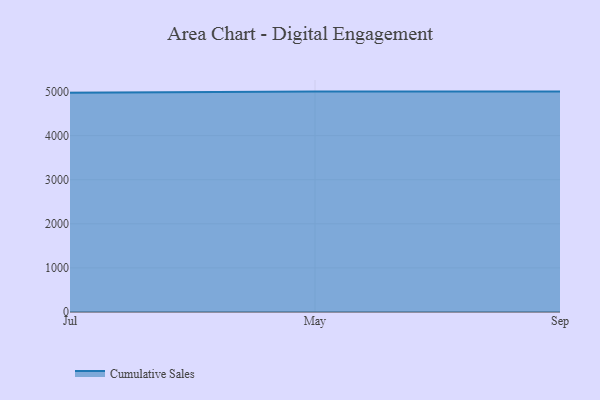
{"axis": {"x": "Month", "y": "Satisfaction Score"}, "legend": ["Cumulative Sales"], "data": [{"x": "Jul", "y": 4974.9, "type": "Cumulative Sales"}, {"x": "May", "y": 5000, "type": "Cumulative Sales"}, {"x": "Sep", "y": 5000, "type": "Cumulative Sales"}]}